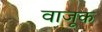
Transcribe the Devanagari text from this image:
वाजूक